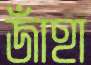
জাঁহা